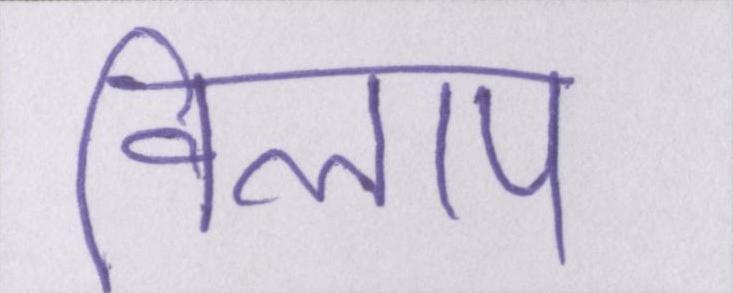
विलाप